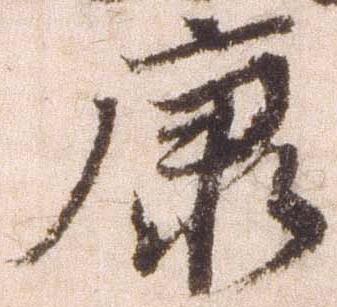
康